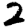
Digit: 2